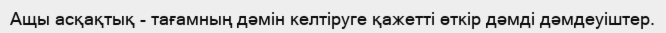
Ащы асқақтық - тағамның дәмін келтіруге қажетті өткір дәмді дәмдеуіштер.